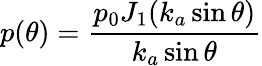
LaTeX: p(\theta)={\frac{p_{0}J_{1}(k_{a}\sin\theta)}{k_{a}\sin\theta}}